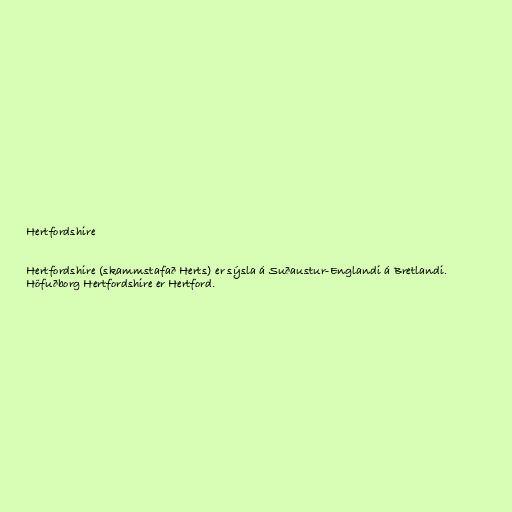
Hertfordshire

Hertfordshire (skammstafað Herts) er sýsla á Suðaustur-Englandi á Bretlandi.
Höfuðborg Hertfordshire er Hertford.